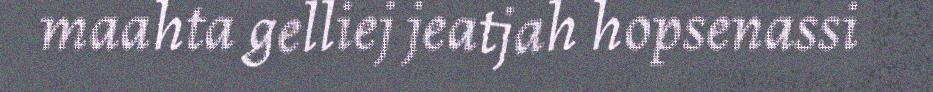
maahta gelliej jeatjah hopsenassi